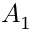
A _ { 1 }